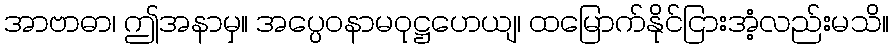
အာဗာဓာ၊ ဤအနာမှ။ အပ္ပေဝနာမဝုဋ္ဌဟေယျ၊ ထမြောက်နိုင်ငြားအံ့လည်းမသိ။